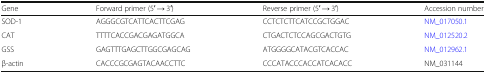
<table><thead><tr><td><b>Gene</b></td><td><b>Forward primer (5′ → 3′)</b></td><td><b>Reverse primer (5′ → 3′)</b></td><td><b>Accession number</b></td></tr></thead><tbody><tr><td>SOD-1</td><td>AGGGCGTCATTCACTTCGAG</td><td>CCTCTCTTCATCCGCTGGAC</td><td>NM_017050.1</td></tr><tr><td>CAT</td><td>TTTTCACCGACGAGATGGCA</td><td>CTGACTCTCCAGCGACTGTG</td><td>NM_012520.2</td></tr><tr><td>GSS</td><td>GAGTTTGAGCTTGGCGAGCAG</td><td>ATGGGGCATACGTCACCAC</td><td>NM_012962.1</td></tr><tr><td>β-actin</td><td>CACCCGCGAGTACAACCTTC</td><td>CCCATACCCACCATCACACC</td><td>NM_031144</td></tr></tbody></table>